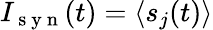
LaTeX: I_{\mathrm{~s~y~n~}}(t)=\langle s_{j}(t)\rangle